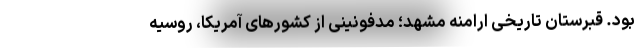
بود. قبرستان تاریخی ارامنه مشهد؛ مدفونینی از کشور‌های آمریکا، روسیه